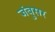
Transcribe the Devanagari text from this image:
जंबुसर